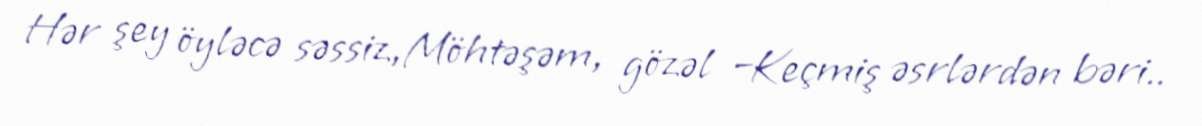
Hər şey öyləcə səssiz,Möhtəşəm, gözəl –Keçmiş əsrlərdən bəri..